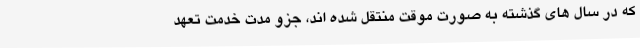
که در سال های گذشته به صورت موقت منتقل شده اند، جزو مدت خدمت تعهد